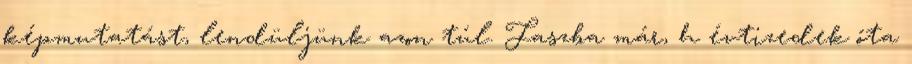
képmutatást, lendüljünk azon túl. Faszba már, h évtizedek óta